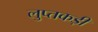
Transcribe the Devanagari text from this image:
लुप्तकड़ी